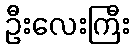
ဦးလေးကြီး